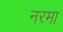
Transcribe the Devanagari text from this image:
नरमा